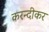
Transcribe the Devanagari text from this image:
करन्दीकर